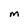
Character: M